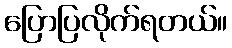
ပြောပြလိုက်ရတယ်။